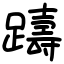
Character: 躊